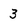
Character: 3